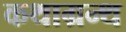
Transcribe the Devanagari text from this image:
कथाग्रन्थ